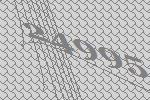
24995